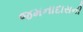
જમનાદાસની